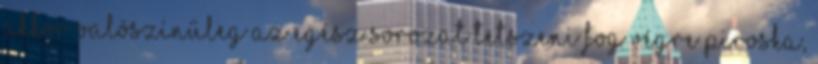
akkor valószínűleg az egész sorozat tetszeni fog Végre Piroska,